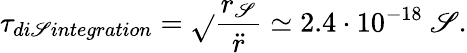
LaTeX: \tau_{di\mathscr{S}integration}=\sqrt{}{{\frac{{r_{\mathscr{S}}}}{{\ddot{{r}}}}}}\simeq2.4\cdot10^{-18}~\mathrm{{\mathscr{S}}}.